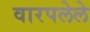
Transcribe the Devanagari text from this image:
वारपलेले